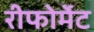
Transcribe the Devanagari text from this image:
रीफोर्मेट